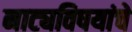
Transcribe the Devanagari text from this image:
नाट्यविषयांचे